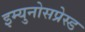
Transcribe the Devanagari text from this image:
इम्युनोसप्रेस्ड